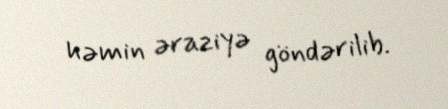
həmin əraziyə göndərilib.